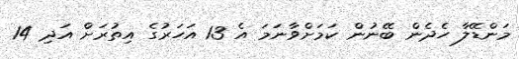
މަންޑޭލާ ހެދެން ބޭނުން ކަމަށްވާނަމަ އެ 13 އަހަރުގެ އިތުރަށް އަދި 14